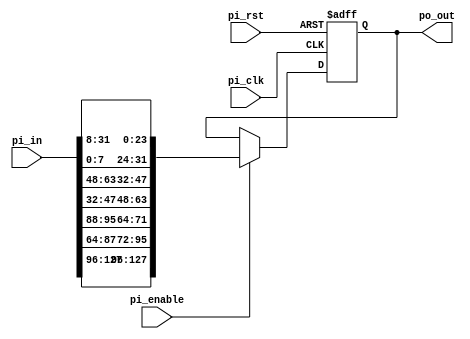
module shift_rows(
    // input ports
    input pi_clk,
    input pi_rst,
    input [127:0] pi_in,
    input pi_enable,

    // output porst
    output reg [127:0] po_out
);

    // internal signal
wire [127:0] tmp;

integer i,j,k,help;

assign tmp[127:96] = pi_in[127:96];

assign tmp[95:72] = pi_in[87:64];
assign tmp[71:64] = pi_in[95:88];

assign tmp[63:48] = pi_in[47:32];
assign tmp[47:32] = pi_in[63:48];

assign tmp[31:24] = pi_in[7:0];
assign tmp[23:0] = pi_in[31:8];

    // alternate solution
/* always@(*)
begin
    for (i = 0; i < 4; i = i + 1)
        for(j = 0; j < 4; j = j + 1)
            for(k = 0; k < 8; k = k + 1)
            begin
                //if (j>=i)
                //    help = j-i;
                //else
                //    help = j-i+4;
                //tmp[32*i+8*j+k] <= pi_in[32*i+8*help+k];   //LSB is the start of matrix

                //help = (j+i)%4;                                     
                tmp[127-(32*i+8*j+k)] <= pi_in[127-(32*i+8*((j+i)%4)+k)];    //MSB is the start of matrix
            end
end */

always@(posedge pi_clk, posedge pi_rst)
begin
    if (pi_rst == 1)
        po_out <= 0;
    else if (pi_enable == 1)
        po_out <= tmp;
end

endmodule